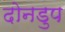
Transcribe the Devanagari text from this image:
दोनडुप